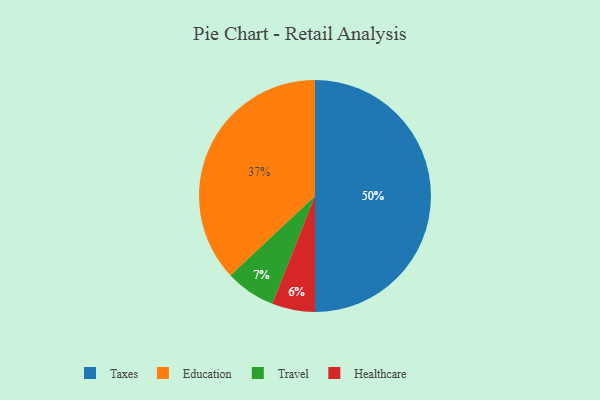
{"axis": {"x": "Category", "y": "Percentage"}, "legend": ["Education", "Healthcare", "Taxes", "Travel"], "data": [{"x": "Healthcare", "y": 6, "type": "Healthcare"}, {"x": "Taxes", "y": 50, "type": "Taxes"}, {"x": "Travel", "y": 7, "type": "Travel"}, {"x": "Education", "y": 37, "type": "Education"}]}